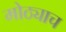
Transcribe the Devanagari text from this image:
मोठ्याच